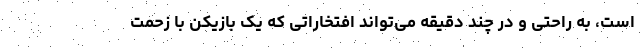
است، به راحتی و در چند دقیقه می‌تواند افتخاراتی که یک بازیکن با زحمت